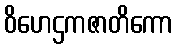
ဝိဟေဌကဇာတိကော